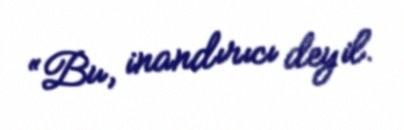
“Bu, inandırıcı deyil.